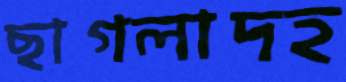
ছাগলাদহ